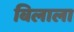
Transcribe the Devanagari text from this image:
बिलाला